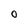
Character: O